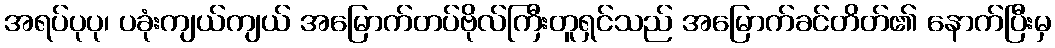
အရပ်ပုပု၊ ပခုံးကျယ်ကျယ် အမြောက်တပ်ဗိုလ်ကြီးတူရှင်သည် အမြောက်ခင်တိတ်၏ နောက်ပြီးမှ